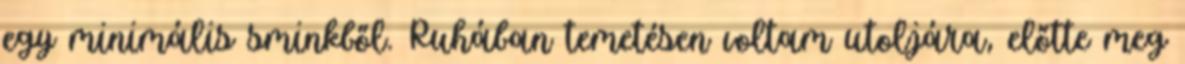
egy minimális sminkből. Ruhában temetésen voltam utoljára, előtte meg